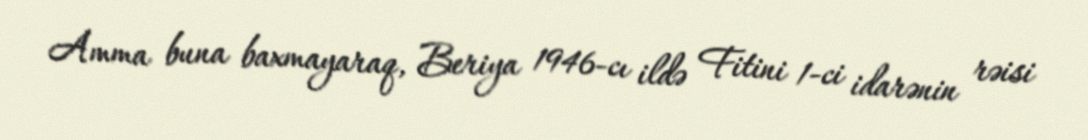
Amma buna baxmayaraq, Beriya 1946-cı ildə Fitini 1-ci idarənin rəisi